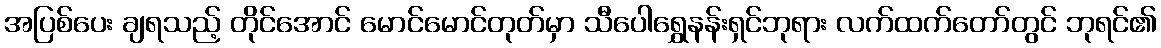
အပြစ်ပေး ချရသည့် တိုင်အောင် မောင်မောင်တုတ်မှာ သီပေါရွှေနန်းရှင်ဘုရား လက်ထက်တော်တွင် ဘုရင်၏